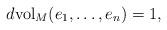
LaTeX: \begin{align*}d\textup{vol}_M(e_1,\dots,e_n)=1,\end{align*}